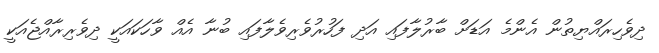
ދިވެހިރައްޔިތުން އެންމެ އަޑަށް ބާރުލާފައި އަދި ފަހުރުވެރިވެލާފައި ބުނާ އެއް ވާހަކައަކީ ދިވެރިރާއްޖެއަކީ